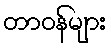
တာဝန်များ